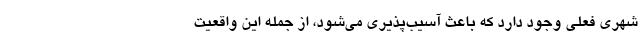
شهری فعلی وجود دارد که باعث آسیب‌پذیری می‌شود، از جمله این واقعیت